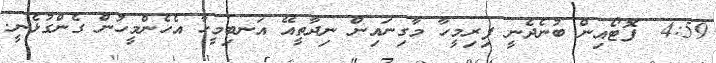
4:59  ފޮޓޯއިން ބުނެެދެނީ ފިރިމީހާ މާގިނައިން ނިދާތީއޭ އަނބިމީހާ އެހެންމީހުން ގެންގުޅެނީ.